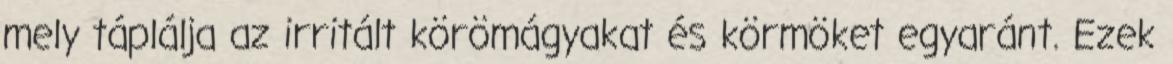
mely táplálja az irritált körömágyakat és körmöket egyaránt. Ezek